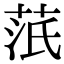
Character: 䓋